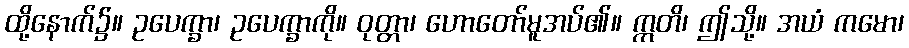
ထို့နောက်၌။ ဥပေက္ခာ၊ ဥပေက္ခာကို။ ဝုတ္တာ၊ ဟောတော်မူအပ်၏။ ဣတိ၊ ဤသို့။ အယံ ကမော၊